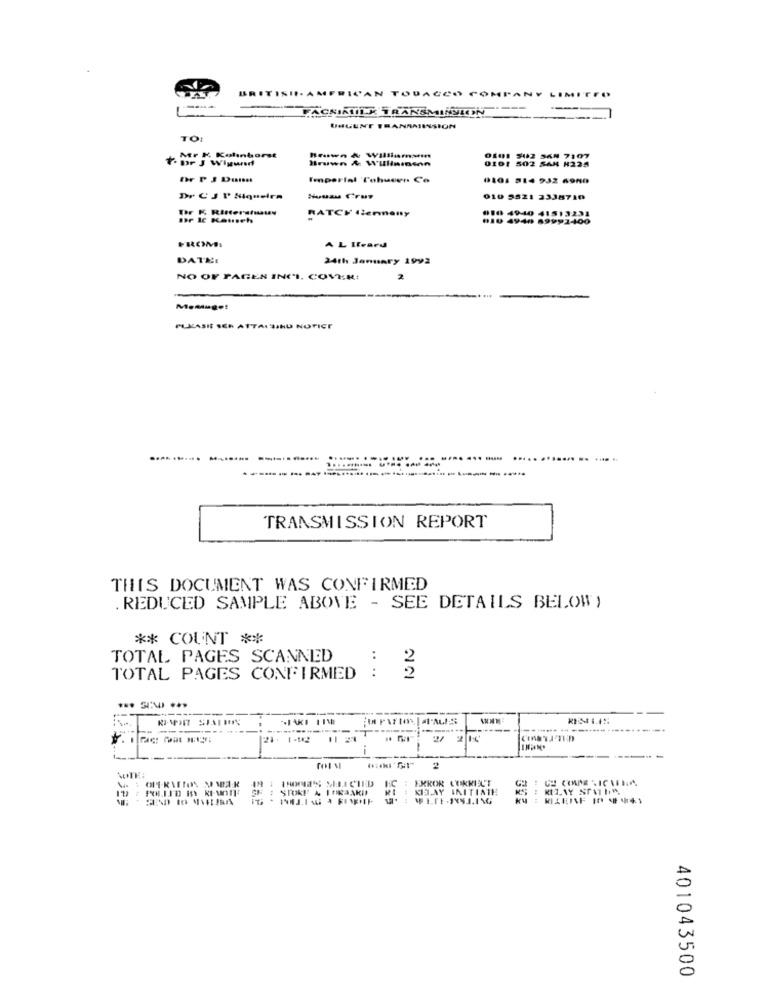
BRITISH AMERICAN TOBACCO COMPANY LIMITED
FACSIMILE TRANSMINYLON
--
UHUUNE TRANSMISSION
TO:
For J Wigwerf
Mr K. Kolinborst
Brown & Willininsan
0101 542 SAN 7107
0101 502 SAN #225
Imperial 'Cohueen Co
0101 314 932 6980
Dr CJ P Siqueira
010 5521 2338710
010 4940 41513231
por Ic Kausch
RATCF Gennony
BJU 4949 89991-100
FRONS
A L Icard
DATEI
24th January 1992
NO OF PAGEN INCI. COVER:
2
Memauge!
PUKASIE SER ATTALSIND NOTICE
.............. ... ......
TRANSMISSION REPORT
THIS DOCUMENT WAS CONFIRMED
. REDUCED SAMPLE ABOVE - SEE DETAILS BELOW)
** COUNT **
TOTAL PAGES SCANNED
:
:
TOTAL PAGES CONFIRMED
22
------
---
--
------
----...... .....
-----.
--
-
: EKKOR LOKMIAUT
KIJAY INITIATE
401043500